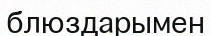
блюздарымен